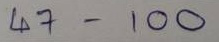
47 - 100